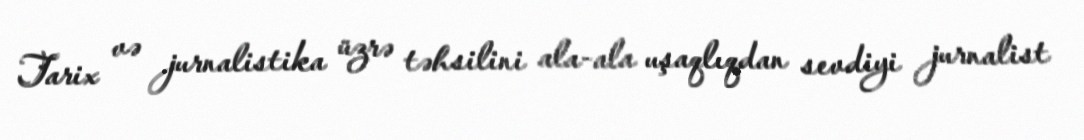
Tarix və jurnalistika üzrə təhsilini ala-ala uşaqlıqdan sevdiyi jurnalist